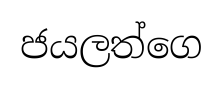
ජයලත්ගෙ